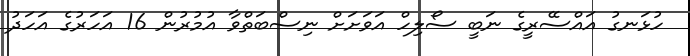
ހުޅަނގު އައްސޭރީގެ ނަބީ ސޯލިހް އަވަށަށް ނިސްބަތްވާ އުމުރުން 16 އަހަރުގެ އަހަދު